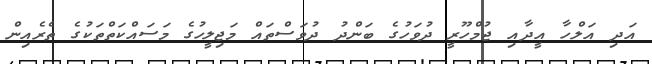
އަދި އަލްހާ އީދާއި ޖުމްހޫރީ ދުވަހުގެ ބަންދު ދުވަސްތައް މަޖިލީހުގެ މަސައްކަތްތަކުގެ ތެރެއިން